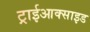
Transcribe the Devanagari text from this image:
ट्राईआक्साइड